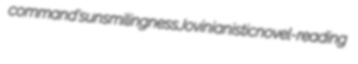
command's unsmilingness Jovinianistic novel-reading